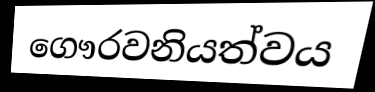
ගෞරවනියත්වය